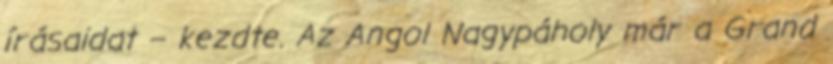
írásaidat – kezdte. Az Angol Nagypáholy már a Grand